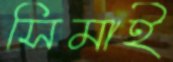
সিমাই